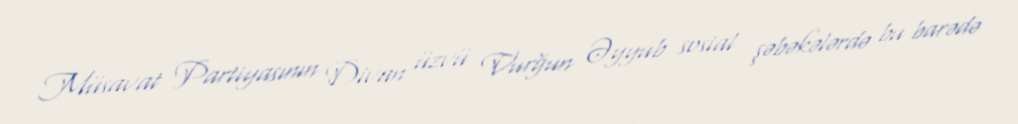
Müsavat Partiyasının Divan üzvü Vurğun Əyyub sosial şəbəkələrdə bu barədə